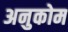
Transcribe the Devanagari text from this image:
अनुकोम